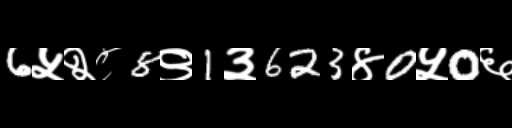
Text: 6५२८8९1३623४0५0६